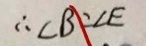
\therefore \angle B = \angle E